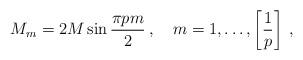
LaTeX: \begin{align*}M_{m}=2M\sin \frac{\pi pm}{2}\: ,\quad m=1,\ldots ,\left[ \frac{1}{p}\right] \: ,\end{align*}